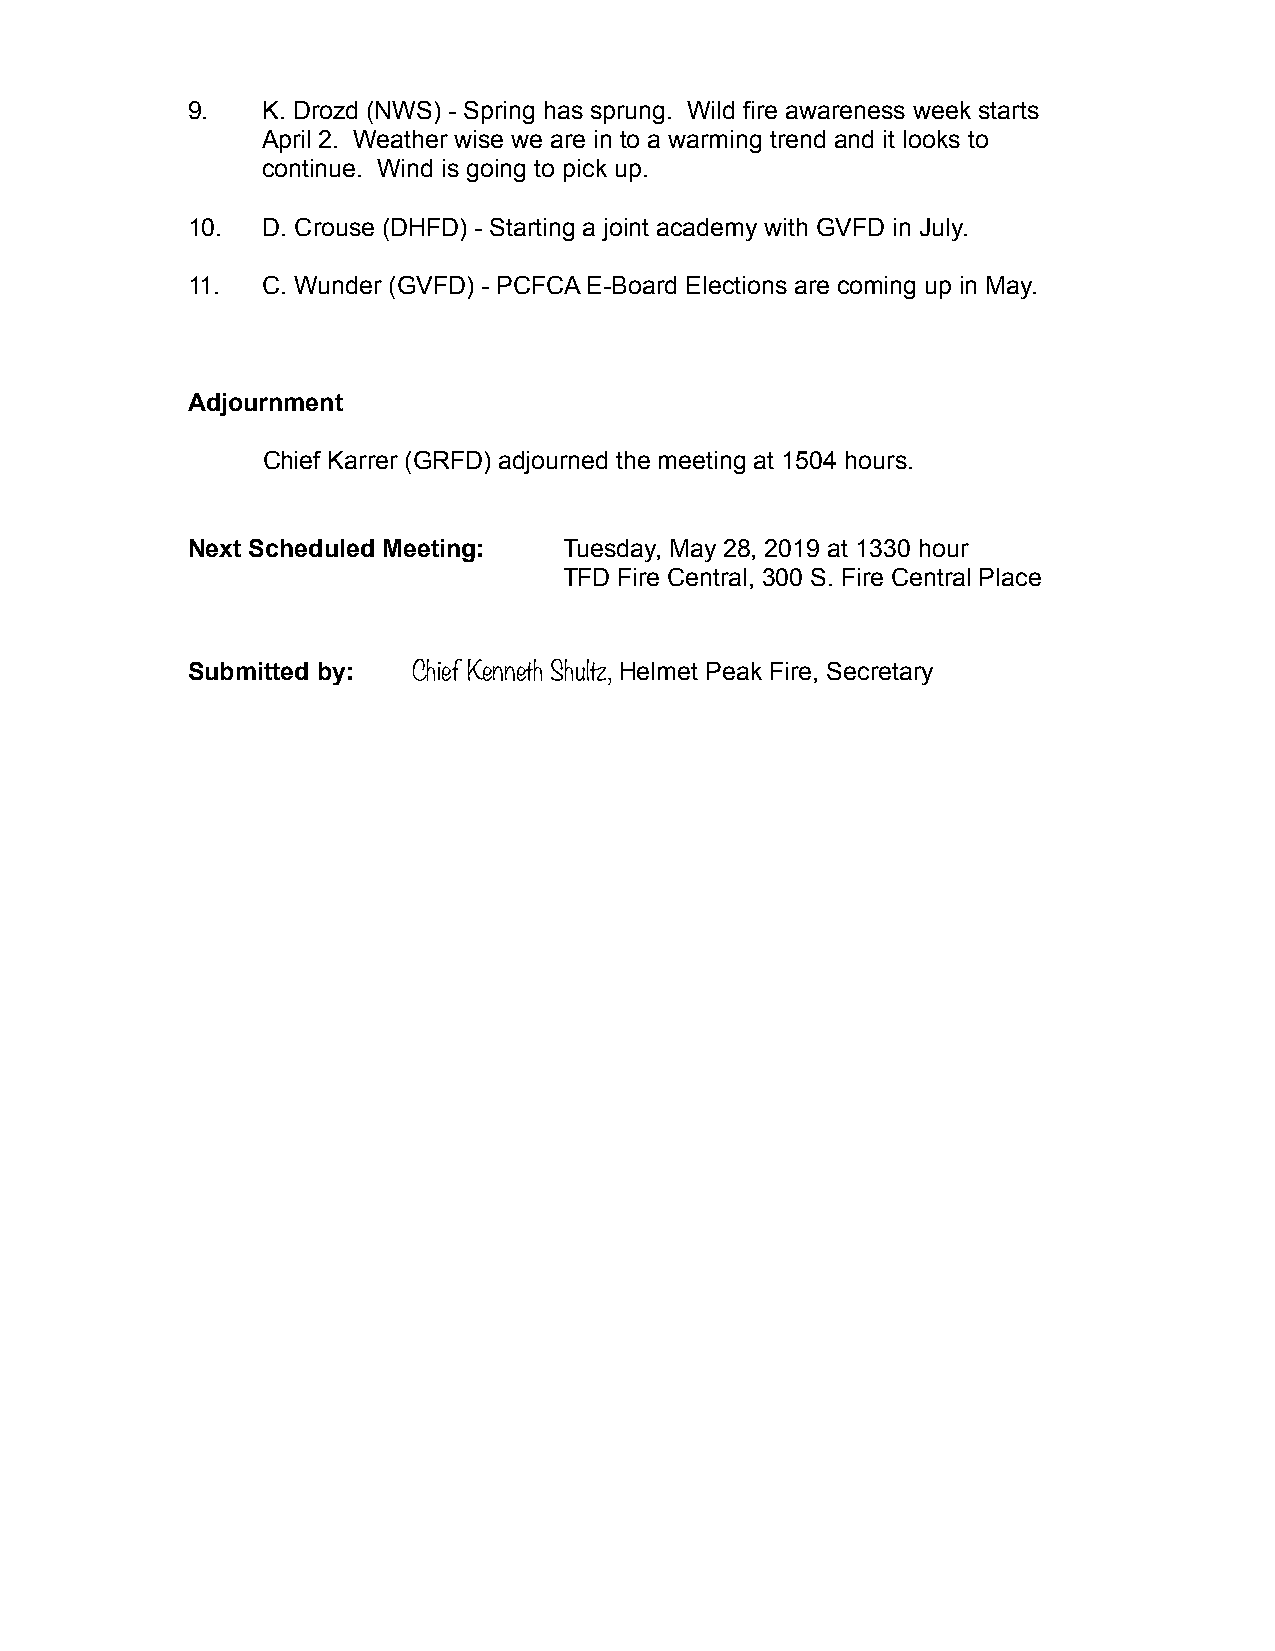
9.   K. Drozd (NWS) - Spring has sprung. Wild fire awareness week starts
 April 2. Weather wise we are in to a warming trend and it looks to
 continue. Wind is going to pick up.
 10.  D. Crouse (DHFD) - Starting a joint academy with GVFD in July.
 11.  C. Wunder (GVFD) - PCFCA E-Board Elections are coming up in May.
 Adjournment
 Chief Karrer (GRFD) adjourned the meeting at 1504 hours.
 Next Scheduled Meeting:  Tuesday, May 28, 2019 at 1330 hour
 TFD Fire Central, 300 S. Fire Central Place
 Submitted by:  Chief Kenneth Shultz, Helmet Peak Fire, Secretary